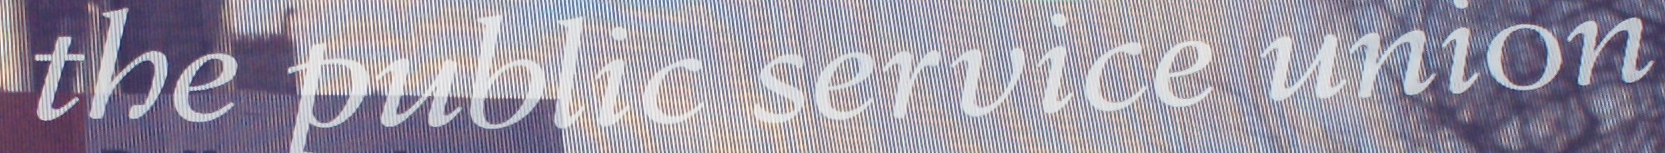
the public service union